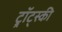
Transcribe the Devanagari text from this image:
ट्र्रॉट्स्की